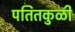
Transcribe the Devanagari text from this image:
पतितकुळी